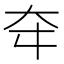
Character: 𡗢